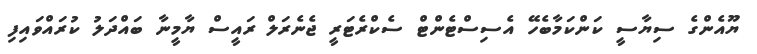
ޔޫއެންގެ ސިޔާސީ ކަންކަމާބެހޭ އެސިސްޓެންޓްް ސެކްރެޓަރީ ޖެނެރަލް ރައީސް ޔާމީނާ ބައްދަލު ކުރައްވައިފި